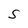
Character: S